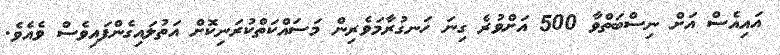
އައިއެސް އަށް ނިސްބަތްވާ 500 އަށްވުރެ ގިނަ ހަނގުރާމަވެރިން މަސައްކަތްކުރަނިކޮށް އަތުލައިގެންފައިވެސް ވެއެވެ.